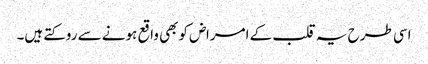
اسی طرح یہ قلب کے امراض کوبھی واقع ہونے سے روکتے ہیں۔